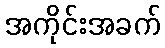
အကိုင်းအခက်